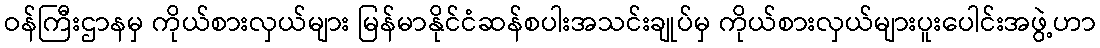
ဝန်ကြီးဌာနမှ ကိုယ်စားလှယ်များ မြန်မာနိုင်ငံဆန်စပါးအသင်းချုပ်မှ ကိုယ်စားလှယ်များပူးပေါင်းအဖွဲ့ဟာ